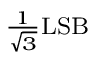
\scriptstyle { \frac { 1 } { \sqrt { 3 } } } \mathrm { L S B }